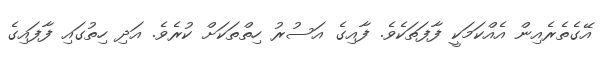
އޭގެތެރެއިން އެއްކަމަކީ ފާފަތަކެވެ. ފާއިގެ އަސުރު ހިތްތަކަށް ކުރެވެ. އަދި ހިތުގައި ފާފައިގެ